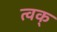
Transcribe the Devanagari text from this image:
त्वक्‌